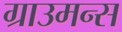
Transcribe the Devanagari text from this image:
ग्राउमन्स